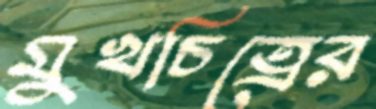
মুখচিত্রের